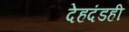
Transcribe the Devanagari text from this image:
देहदंडही